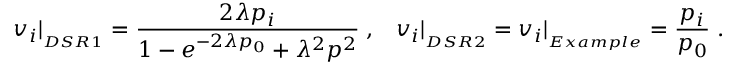
v _ { i } \vert _ { _ { D S R 1 } } = \frac { 2 \lambda p _ { i } } { 1 - e ^ { - 2 \lambda p _ { 0 } } + \lambda ^ { 2 } p ^ { 2 } } \; , \; \; \; v _ { i } \vert _ { _ { D S R 2 } } = v _ { i } \vert _ { _ { E x a m p l e } } = \frac { p _ { i } } { p _ { 0 } } \; .